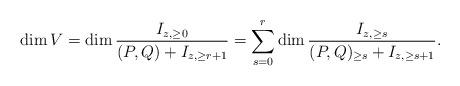
LaTeX: \begin{align*} \dim V = \dim \frac{ I_{z, \ge 0}}{ (P,Q) + I_{z, \ge r+1} } = \sum_{s=0}^r \dim \frac{ I_{z, \ge s} }{(P,Q)_{\ge s} + I_{z, \ge s+1}}. \end{align*}